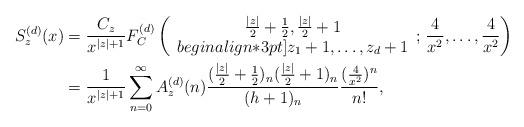
LaTeX: \begin{align*} S^{(d)}_{z}(x)&=\frac{C_z}{x^{|z|+1}}F^{(d)}_C\left(\begin{array}{c} \frac{|z|}{2}+\frac{1}{2},\frac{|z|}{2}+1\\begin{align*}3pt] z_1+1,\ldots,z_d+1\end{array};\,\frac{4}{x^2},\ldots,\frac{4}{x^2}\right)\\&=\frac{1}{x^{|z|+1}}\sum^{\infty}_{n=0}A^{(d)}_z(n)\frac{(\frac{|z|}{2}+\frac{1}{2})_n(\frac{|z|}{2}+1)_n}{(h+1)_n}\frac{(\frac{4}{x^2})^n}{n!},\end{align*}